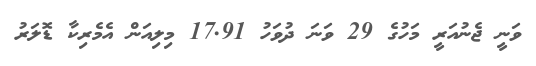
ވަނީ ޖެނުއަރީ މަހުގެ 29 ވަނަ ދުވަހު 17.91 މިލިއަން އެމެރިކާ ޑޮލަރު